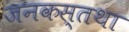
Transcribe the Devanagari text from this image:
जनकस्तथा